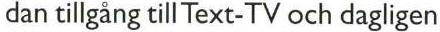
dan tillgång till Text-TV och dagligen